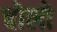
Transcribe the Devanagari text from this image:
चोलो